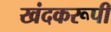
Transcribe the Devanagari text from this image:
खंदकरूपी